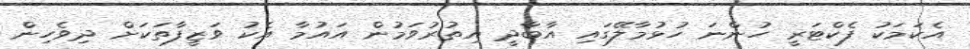
އެކަމަކު ފެކްޓަރީ ހުންނަ ހުޅުމާލޭގައި އާބާދީ އިތުރުވަމުން އައުމާ އެކު ވަޒީފާތަކަށް ދިވެހިން